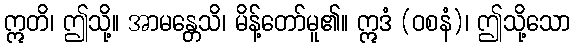
ဣတိ၊ ဤသို့။ အာမန္တေသိ၊ မိန့်တော်မူ၏။ ဣဒံ (ဝစနံ)၊ ဤသို့သော